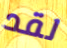
لقد